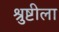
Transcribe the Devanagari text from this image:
श्रुष्टीला